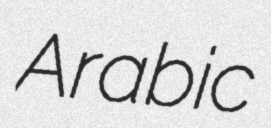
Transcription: Arabic